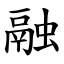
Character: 融